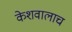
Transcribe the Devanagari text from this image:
केशवालाच